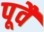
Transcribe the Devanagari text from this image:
पूवै